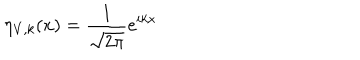
\eta _ { V , k } ( x ) = \frac { 1 } { \sqrt { 2 \pi } } e ^ { i k x }